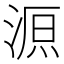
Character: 𣸼